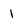
Character: 1